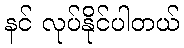
နင် လုပ်နိုင်ပါတယ်